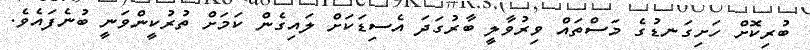
ބުރިކޮށް ހަށިގަނޑުގެ މަސްތައް ވިރުވާލީ ބާރުގަދަ އެސިޑަކަށް ލައިގެން ކަމަށް ތުރުކީންވަނީ ބުނެފައެވެ.